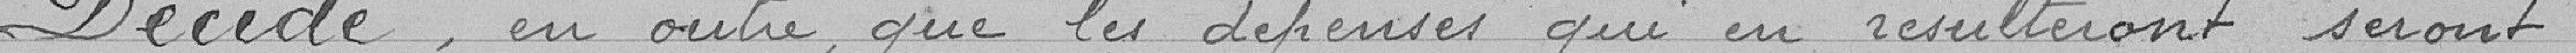
Décide, en outre que les dépenses qui en résulteront, seront